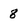
Character: 8